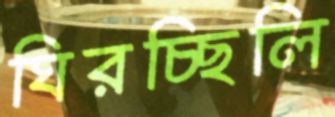
ঘিরচ্ছিলি